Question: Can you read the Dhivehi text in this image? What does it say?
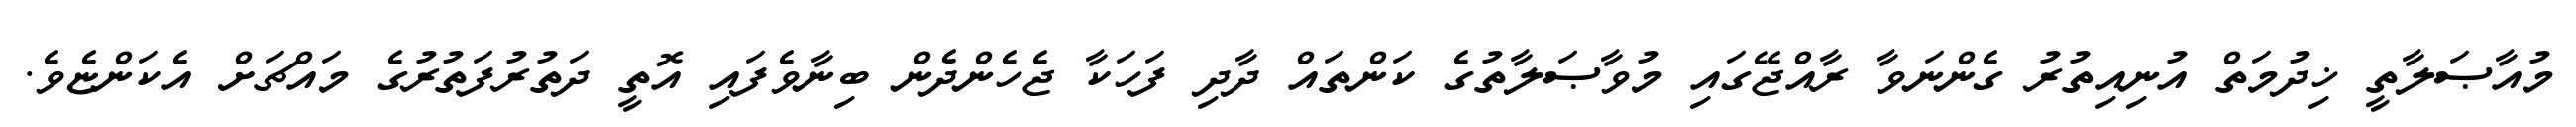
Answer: މުއާޞަލާތީ ޚިދުމަތް އުނިއިތުރު ގެންނަވާ ރާއްޖޭގައި މުވާޞަލާތުގެ ކަންތައް ދާދި ފަހަކާ ޖެހެންދެން ބިނާވެފައި އޮތީ ދަތުރުފަތުރުގެ މައްޗަށް އެކަންޏެވެ.